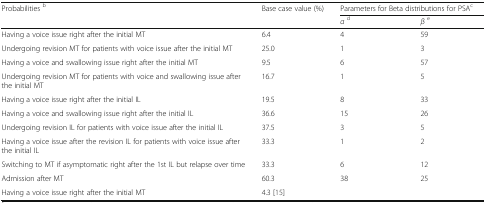
<table><thead><tr><td rowspan="2"><b>Probabilities <sup>b</sup></b></td><td rowspan="2"><b>Base case value (%)</b></td><td colspan="2"><b>Parameters for Beta distributions for PSA<sup>c</sup></b></td></tr><tr><td><b><i>α</i><sup>d</sup></b></td><td><b><i>β</i><sup>e</sup></b></td></tr></thead><tbody><tr><td>Having a voice issue right after the initial MT</td><td>6.4</td><td>4</td><td>59</td></tr><tr><td>Undergoing revision MT for patients with voice issue after the initial MT</td><td>25.0</td><td>1</td><td>3</td></tr><tr><td>Having a voice and swallowing issue right after the initial MT</td><td>9.5</td><td>6</td><td>57</td></tr><tr><td>Undergoing revision MT for patients with voice and swallowing issue after the initial MT</td><td>16.7</td><td>1</td><td>5</td></tr><tr><td>Having a voice issue right after the initial IL</td><td>19.5</td><td>8</td><td>33</td></tr><tr><td>Having a voice and swallowing issue right after the initial IL</td><td>36.6</td><td>15</td><td>26</td></tr><tr><td>Undergoing revision IL for patients with voice issue after the initial IL</td><td>37.5</td><td>3</td><td>5</td></tr><tr><td>Having a voice issue after the revision IL for patients with voice issue after the initial IL</td><td>33.3</td><td>1</td><td>2</td></tr><tr><td>Switching to MT if asymptomatic right after the 1st IL but relapse over time</td><td>33.3</td><td>6</td><td>12</td></tr><tr><td>Admission after MT</td><td>60.3</td><td>38</td><td>25</td></tr><tr><td>Having a voice issue right after the initial MT</td><td>4.3 [15]</td><td></td><td></td></tr></tbody></table>